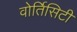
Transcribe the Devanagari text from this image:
वोर्तिसिटी